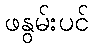
ဖနွမ်းပင်